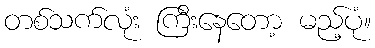
တစ်သက်လုံး ကြီးနေတော့ မည့်ပုံ။